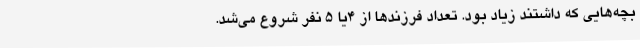
بچه‌هایی که داشتند زیاد بود. تعداد فرزندها از ۴یا ۵ نفر شروع می‌شد.